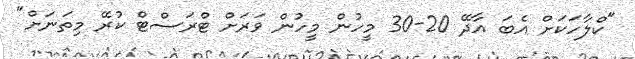
"ކްލާހަކަށް އެބަ އާދޭ 20-30 މީހުން މީހުން ވަރަށް ޓްރަސްޓް ކުރޭ މިތަނަށް"